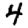
Digit: 4